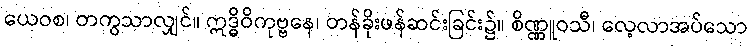
ယေဝစ၊ တကွသာလျှင်။ ဣဒ္ဓိဝိကုဗ္ဗနေ၊ တန်ခိုးဖန်ဆင်းခြင်း၌။ စိဏ္ဏူဝသီ၊ လေ့လာအပ်သော